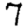
Digit: 7